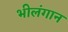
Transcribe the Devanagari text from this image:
भीलंगान